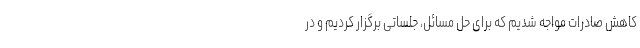
کاهش صادرات مواجه شدیم که برای حل مسائل، جلساتی برگزار کردیم و در